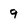
Character: 9